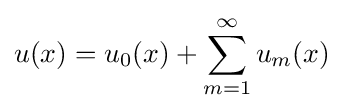
u(x)=u_{0}(x)+\sum _{m=1}^{\infty }u_{m}(x)